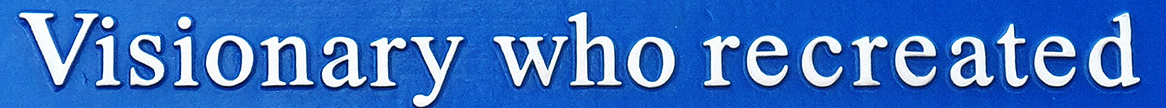
Visionary who recreated